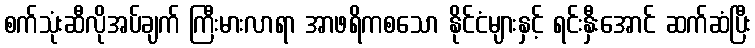
စက်သုံးဆီလိုအပ်ချက် ကြီးမားလာရာ အာဖရိကစသော နိုင်ငံများနှင့် ရင်းနှီးအောင် ဆက်ဆံပြီး